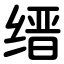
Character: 缙